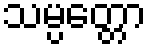
သမ္ပတ္တော